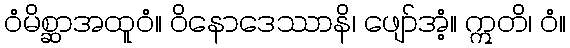
ဝံမိစ္ဆာအထူဝံ။ ဝိနောဒေဿာနိ၊ ဖျော်အံ့။ ဣတိ၊ ဝံ။